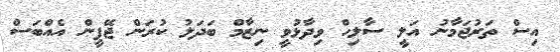
އިސް ތަރުޖަމާނު އަލީ ސާލިހް ވިދާޅުވީ ނިޒާމް ބަދަލު ކުރަން ޖޭޕީން އެއްބަސް